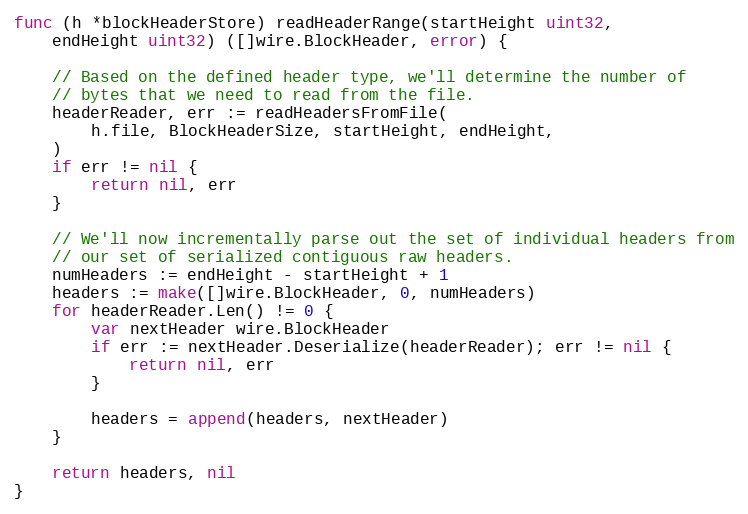
Language: Go
func (h *blockHeaderStore) readHeaderRange(startHeight uint32,
	endHeight uint32) ([]wire.BlockHeader, error) {

	// Based on the defined header type, we'll determine the number of
	// bytes that we need to read from the file.
	headerReader, err := readHeadersFromFile(
		h.file, BlockHeaderSize, startHeight, endHeight,
	)
	if err != nil {
		return nil, err
	}

	// We'll now incrementally parse out the set of individual headers from
	// our set of serialized contiguous raw headers.
	numHeaders := endHeight - startHeight + 1
	headers := make([]wire.BlockHeader, 0, numHeaders)
	for headerReader.Len() != 0 {
		var nextHeader wire.BlockHeader
		if err := nextHeader.Deserialize(headerReader); err != nil {
			return nil, err
		}

		headers = append(headers, nextHeader)
	}

	return headers, nil
}